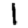
Digit: 1